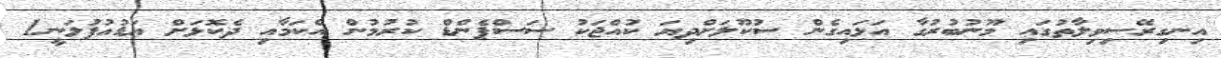
އިނގިރޭސިވިލާތުގައި މޫނުބުރުގާ އަޅައިގެން ސުކޫލަށްދިޔަ ކުއްޖަކު ސަސްޕެންޑް ކުރުމުން އެކަމާއި ދެކޮޅަށް އަޑުއުފުލަނީ1